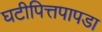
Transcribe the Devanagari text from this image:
घटीपित्तपापडा